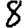
Digit: 8